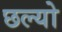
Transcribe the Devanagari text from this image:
छल्‍यो